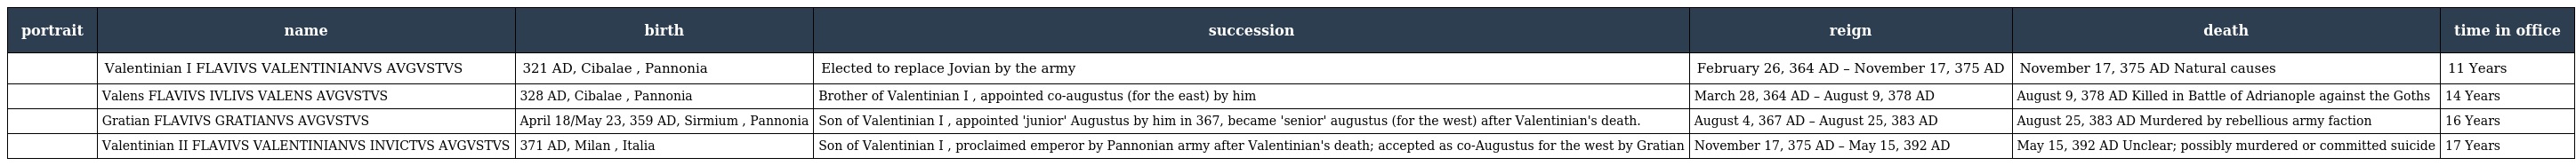
| portrait | name | birth | succession | reign | death | time in office |
 | --- | --- | --- | --- | --- | --- | --- |
 |  | Valentinian I FLAVIVS VALENTINIANVS AVGVSTVS | 321 AD, Cibalae , Pannonia | Elected to replace Jovian by the army | February 26, 364 AD – November 17, 375 AD | November 17, 375 AD Natural causes | 11 Years |
 |  | Valens FLAVIVS IVLIVS VALENS AVGVSTVS | 328 AD, Cibalae , Pannonia | Brother of Valentinian I , appointed co-augustus (for the east) by him | March 28, 364 AD – August 9, 378 AD | August 9, 378 AD Killed in Battle of Adrianople against the Goths | 14 Years |
 |  | Gratian FLAVIVS GRATIANVS AVGVSTVS | April 18/May 23, 359 AD, Sirmium , Pannonia | Son of Valentinian I , appointed 'junior' Augustus by him in 367, became 'senior' augustus (for the west) after Valentinian's death. | August 4, 367 AD – August 25, 383 AD | August 25, 383 AD Murdered by rebellious army faction | 16 Years |
 |  | Valentinian II FLAVIVS VALENTINIANVS INVICTVS AVGVSTVS | 371 AD, Milan , Italia | Son of Valentinian I , proclaimed emperor by Pannonian army after Valentinian's death; accepted as co-Augustus for the west by Gratian | November 17, 375 AD – May 15, 392 AD | May 15, 392 AD Unclear; possibly murdered or committed suicide | 17 Years |